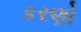
કરણો